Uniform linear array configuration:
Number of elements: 32
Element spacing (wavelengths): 0.5
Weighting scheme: hann
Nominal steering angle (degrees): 30
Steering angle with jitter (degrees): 30.507
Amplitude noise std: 0.05
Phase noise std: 0.05

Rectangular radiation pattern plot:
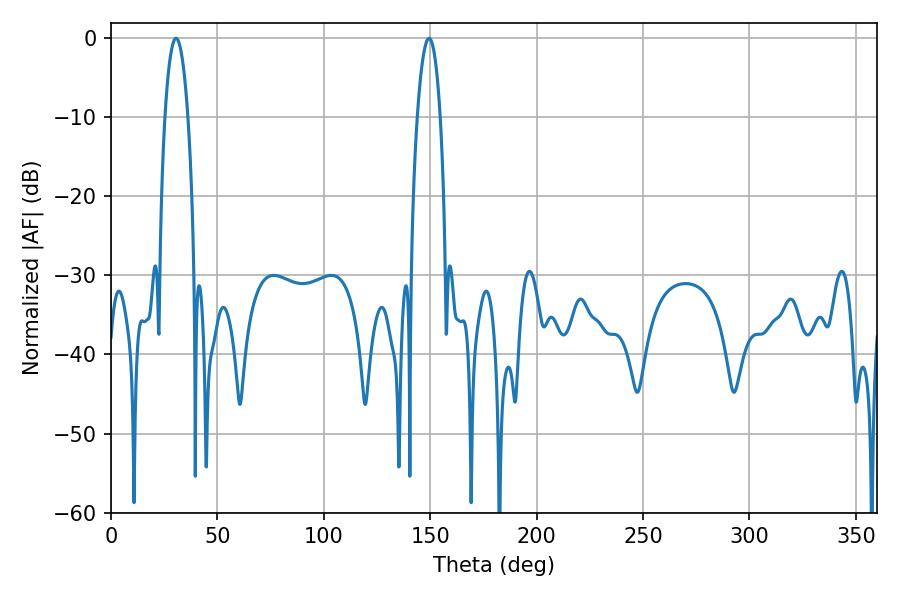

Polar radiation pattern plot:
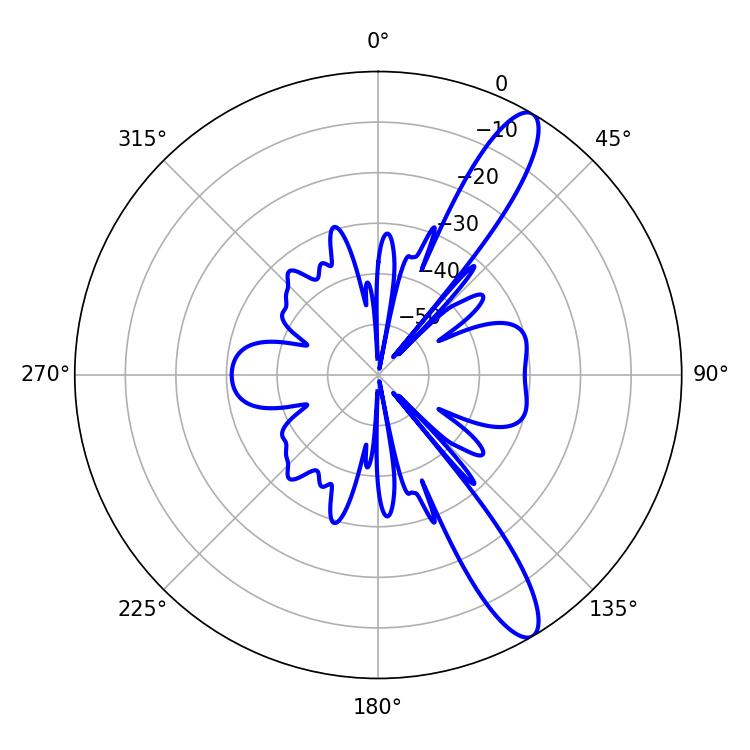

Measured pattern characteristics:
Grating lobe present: FALSE
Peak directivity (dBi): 12.414
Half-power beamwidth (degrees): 6.12
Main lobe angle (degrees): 30.6